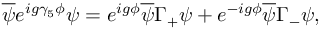
\overline { { { \psi } } } e ^ { i g \gamma _ { 5 } \phi } \psi = e ^ { i g \phi } \overline { { { \psi } } } \Gamma _ { + } \psi + e ^ { - i g \phi } \overline { { { \psi } } } \Gamma _ { - } \psi ,